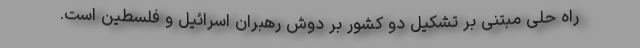
راه حلی مبتنی بر تشکیل دو کشور بر دوش رهبران اسرائیل و فلسطین است.